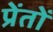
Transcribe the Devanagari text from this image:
प्रेंतों